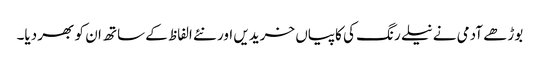
بوڑھے آدمی نے نیلے رنگ کی کاپیاں خریدیں اور نئے الفاظ کے ساتھ ان کو بھر دیا۔